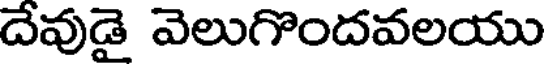
దేవుడై వెలుగొందవలయు